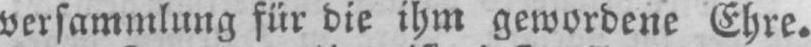
versammlung für die ihm gewordene Ehre.